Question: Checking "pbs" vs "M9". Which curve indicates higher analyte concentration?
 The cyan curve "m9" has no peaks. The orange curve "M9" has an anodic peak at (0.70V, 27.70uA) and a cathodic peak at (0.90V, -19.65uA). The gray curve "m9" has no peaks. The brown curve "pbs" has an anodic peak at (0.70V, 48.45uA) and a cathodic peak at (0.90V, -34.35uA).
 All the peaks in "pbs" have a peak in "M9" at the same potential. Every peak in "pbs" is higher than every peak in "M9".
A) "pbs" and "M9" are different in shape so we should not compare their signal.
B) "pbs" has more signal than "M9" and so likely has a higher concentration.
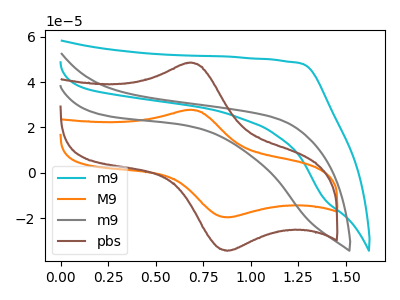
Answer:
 <answer>B) "pbs" has more signal than "M9" and so likely has a higher concentration.</answer>
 <eval>B</eval>